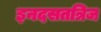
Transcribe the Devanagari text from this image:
इनदसतत्रिज